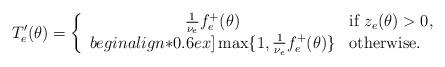
LaTeX: \begin{align*}T'_e(\theta)=\left\{\begin{array}{cl}\mbox{$\frac{1}{\nu_e}$}f_e^+(\theta)&\mbox{if }z_e(\theta)>0,\\begin{align*}0.6ex]\max\{1,\mbox{$\frac{1}{\nu_e}$}f_e^+(\theta)\}&\mbox{otherwise.}\end{array}\right.\end{align*}